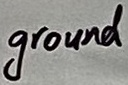
Text: ground